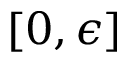
[ 0 , \epsilon ]